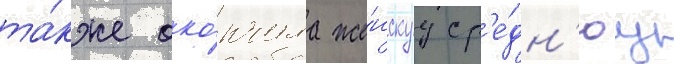
та́кже око́нчила же́нскуу ср'е́дн'юу